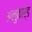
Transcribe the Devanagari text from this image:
अलुकार्ड